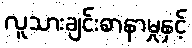
လူသားချင်းစာနာမှုနှင့်